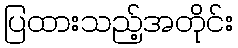
ပြထားသည့်အတိုင်း